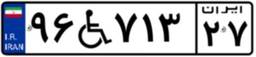
۲۷W۷۲۵۷۴